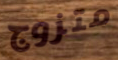
متزوج